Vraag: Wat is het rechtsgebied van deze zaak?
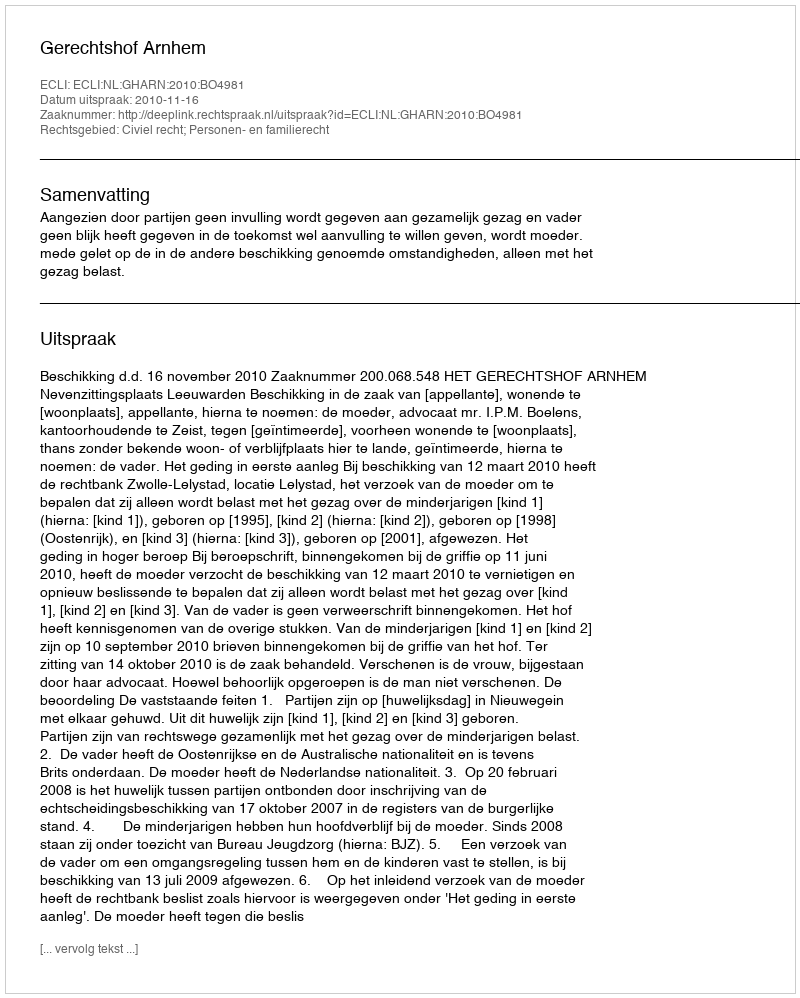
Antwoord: Civiel recht; Personen- en familierecht